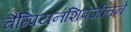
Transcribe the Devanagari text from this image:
चैम्पियनशिपजीतने